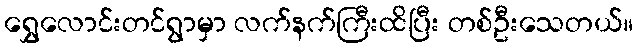
ရွှေလောင်းတင်ရွာမှာ လက်နက်ကြီးထိပြီး တစ်ဦးသေတယ်။